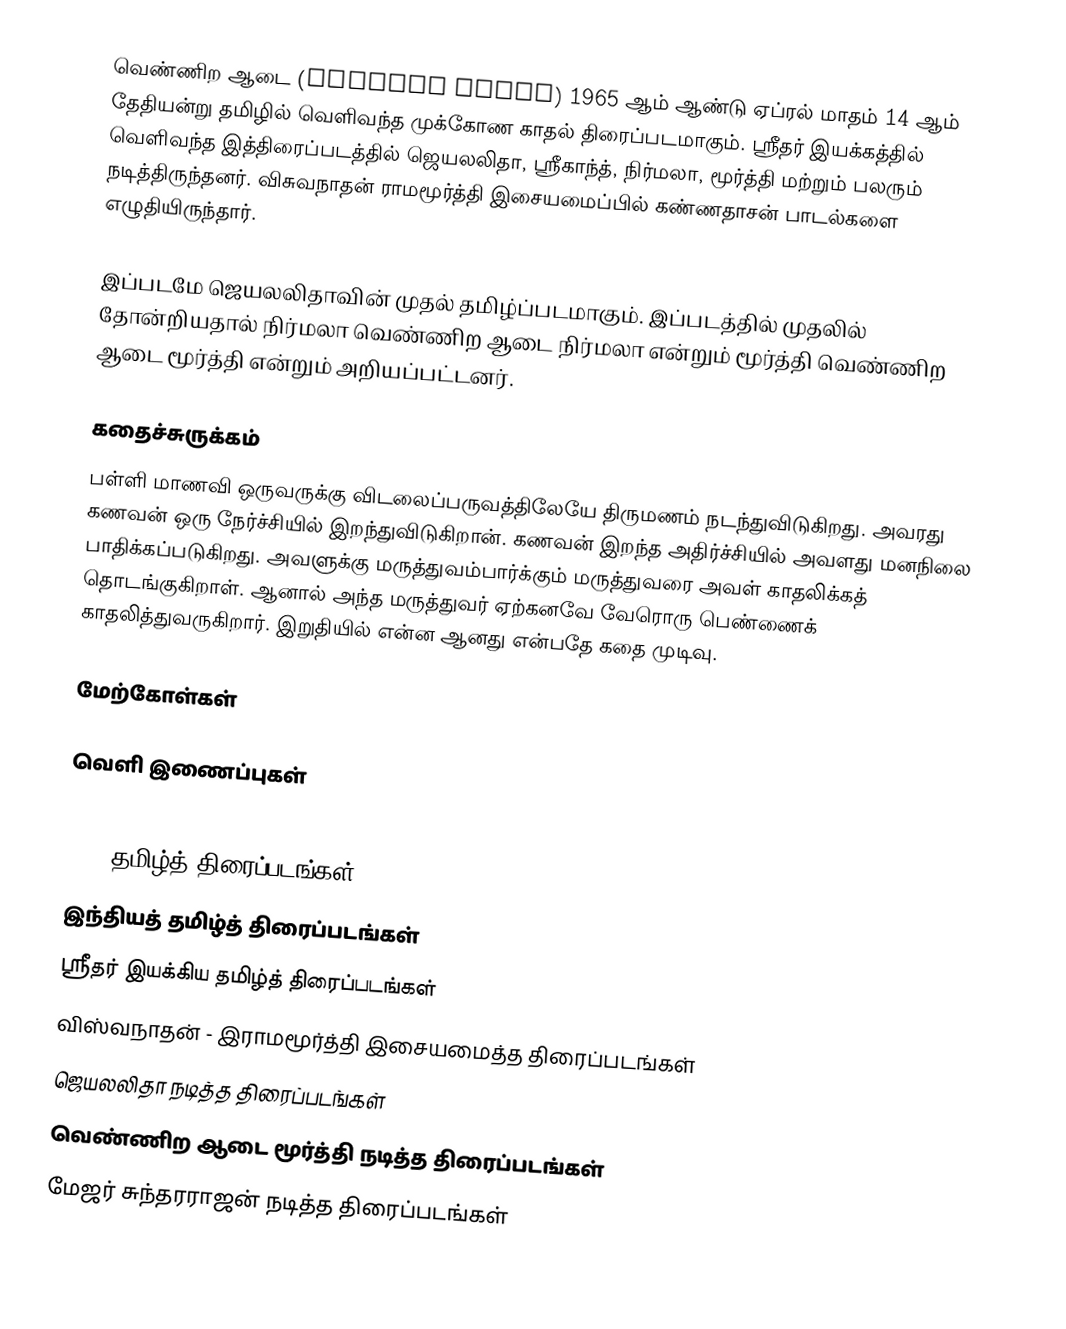
வெண்ணிற ஆடை (Vennira Aadai) 1965 ஆம் ஆண்டு ஏப்ரல் மாதம் 14 ஆம் தேதியன்று  தமிழில் வெளிவந்த முக்கோண காதல் திரைப்படமாகும். ஸ்ரீதர் இயக்கத்தில் வெளிவந்த இத்திரைப்படத்தில் ஜெயலலிதா, ஸ்ரீகாந்த், நிர்மலா, மூர்த்தி மற்றும் பலரும் நடித்திருந்தனர். விசுவநாதன் ராமமூர்த்தி இசையமைப்பில் கண்ணதாசன் பாடல்களை எழுதியிருந்தார்.

இப்படமே ஜெயலலிதாவின் முதல் தமிழ்ப்படமாகும். இப்படத்தில் முதலில் தோன்றியதால் நிர்மலா வெண்ணிற ஆடை நிர்மலா என்றும் மூர்த்தி வெண்ணிற ஆடை மூர்த்தி என்றும் அறியப்பட்டனர்.

கதைச்சுருக்கம்
பள்ளி மாணவி ஒருவருக்கு விடலைப்பருவத்திலேயே திருமணம் நடந்துவிடுகிறது. அவரது கணவன் ஒரு நேர்ச்சியில் இறந்துவிடுகிறான். கணவன் இறந்த அதிர்ச்சியில் அவளது மனநிலை பாதிக்கப்படுகிறது. அவளுக்கு மருத்துவம்பார்க்கும் மருத்துவரை அவள் காதலிக்கத் தொடங்குகிறாள். ஆனால் அந்த மருத்துவர் ஏற்கனவே வேரொரு பெண்ணைக் காதலித்துவருகிறார். இறுதியில் என்ன ஆனது என்பதே கதை முடிவு.

மேற்கோள்கள்

வெளி இணைப்புகள்

1965 தமிழ்த் திரைப்படங்கள்
இந்தியத் தமிழ்த் திரைப்படங்கள்
ஸ்ரீதர் இயக்கிய தமிழ்த் திரைப்படங்கள்
விஸ்வநாதன் - இராமமூர்த்தி இசையமைத்த திரைப்படங்கள்
ஜெயலலிதா நடித்த திரைப்படங்கள்
வெண்ணிற ஆடை மூர்த்தி நடித்த திரைப்படங்கள்
மேஜர் சுந்தரராஜன் நடித்த திரைப்படங்கள்